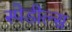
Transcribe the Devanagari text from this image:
स्पेडील्स